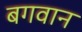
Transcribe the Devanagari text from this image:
बगवान